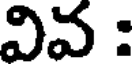
వివ :